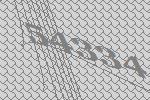
54334